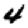
Digit: 4